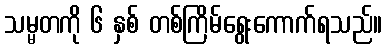
သမ္မတကို ၆ နှစ် တစ်ကြိမ်ရွေးကောက်ရသည်။